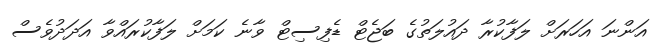
އަންނަ އަހަރަށް ލަފާކުރާ ދައުލަތުގެ ބަޖެޓް ޑެފިސިޓް ވާނެ ކަމަށް ލަފާކުރައްވާ އަދަދުވެސް